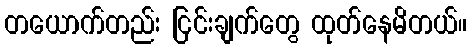
တယောက်တည်း ငြင်းချက်တွေ ထုတ်နေမိတယ်။